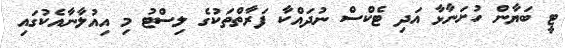
ޓީ ބަޔާން ހުށަނާޅާ އަދި ޓެކްސް ނުދައްކާ ފަރާތްތަކުގެ ލިސްޓު މި އިއުލާނާއެކުގައި